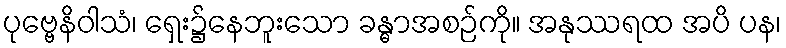
ပုဗ္ဗေနိဝါသံ၊ ရှေး၌နေဘူးသော ခန္ဓာအစဉ်ကို။ အနုဿရထ အပိ ပန၊